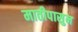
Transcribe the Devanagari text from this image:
मातीपासुन